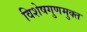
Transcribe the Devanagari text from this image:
विशेषगुणमुक्त